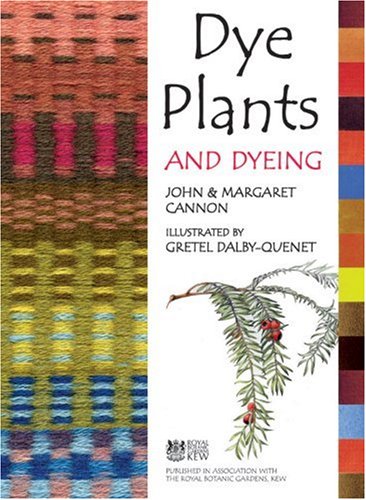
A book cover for Dye Plants and Dyeing; John Cannon; Crafts, Hobbies & Home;